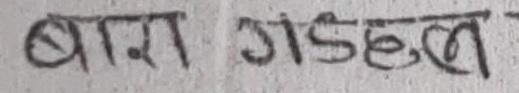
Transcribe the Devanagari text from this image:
बास गडहल